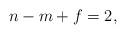
LaTeX: \begin{align*}n - m + f = 2,\end{align*}